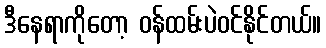
ဒီနေရာကိုတော့ ဝန်ထမ်းပဲဝင်နိုင်တယ်။